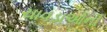
ચાવડાઓની